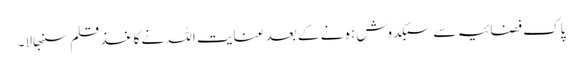
پاک فضائیہ سے سبکدوش ہونے کے بعد عنایت اللہ نے کاغذ قلم سنبھالا۔